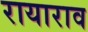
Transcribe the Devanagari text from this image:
रायाराव